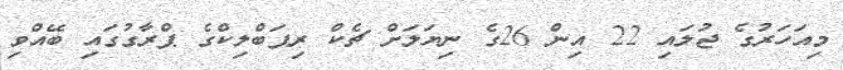
މިއަހަރުގެ ޖުލައި 22 އިން 26ގެ ނިޔަލަށް ޗެކް ރިޕަބްލިކްގެ ޕްރާގުގައި ބޭއްވި